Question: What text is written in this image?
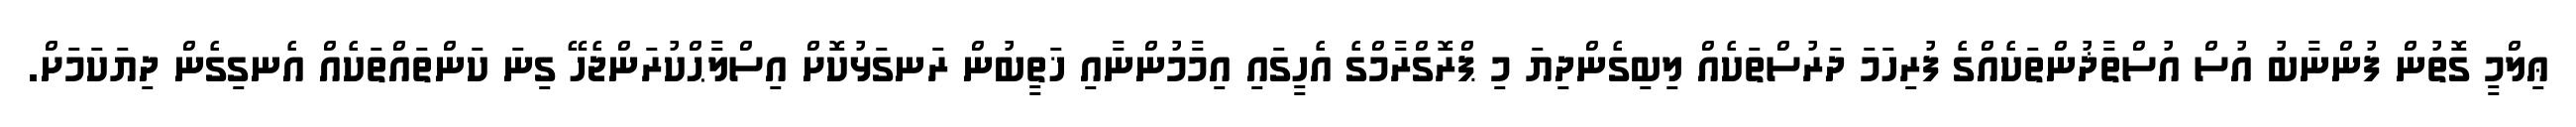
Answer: ޢިލްމީ ގޮތުން ފުންނާބު އުސް އުސްތާޛުންތަކެއްގެ ފުރިހަމަ ދަރުސްތަކެއް ލިބިގެންދިޔަ މި ޕްރޮގްރާމްގެ އެހީގައި އިމާމުންނާއި ޚަތީބުން ރަނގަޅުކޮށް އިސްލާޙްކުރަންޖެހޭ ގިނަ ކަންތައްތަކެއް އެނގިގެން ދިޔަކަމަށް.